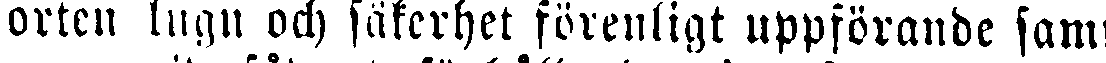
orten lugn och säkerhet förenligt uppförande samt